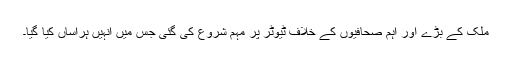
ملک کے بڑے اور اہم صحافیوں کے خلاف ٹیوٹر پر مہم شروع کی گئی جس میں انہیں ہراساں کیا گیا۔